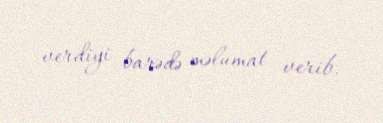
verdiyi barədə məlumat verib.